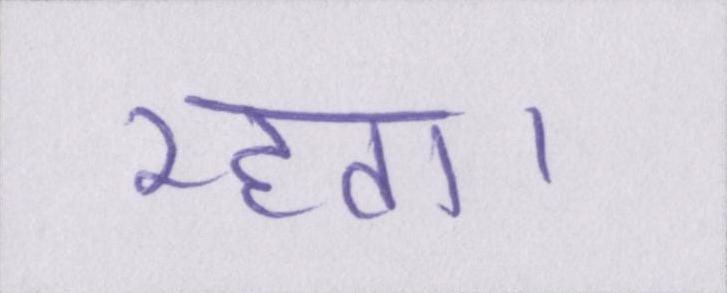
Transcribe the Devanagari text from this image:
रहता।